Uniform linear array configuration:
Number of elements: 16
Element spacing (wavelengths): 0.5
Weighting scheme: hann
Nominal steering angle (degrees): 60
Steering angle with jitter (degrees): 59.627
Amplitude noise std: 0.05
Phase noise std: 0.05

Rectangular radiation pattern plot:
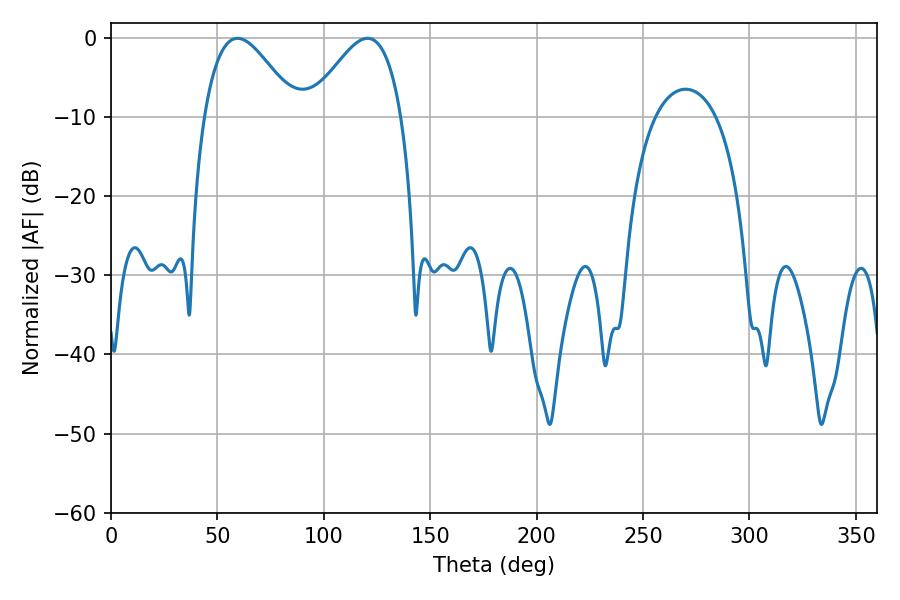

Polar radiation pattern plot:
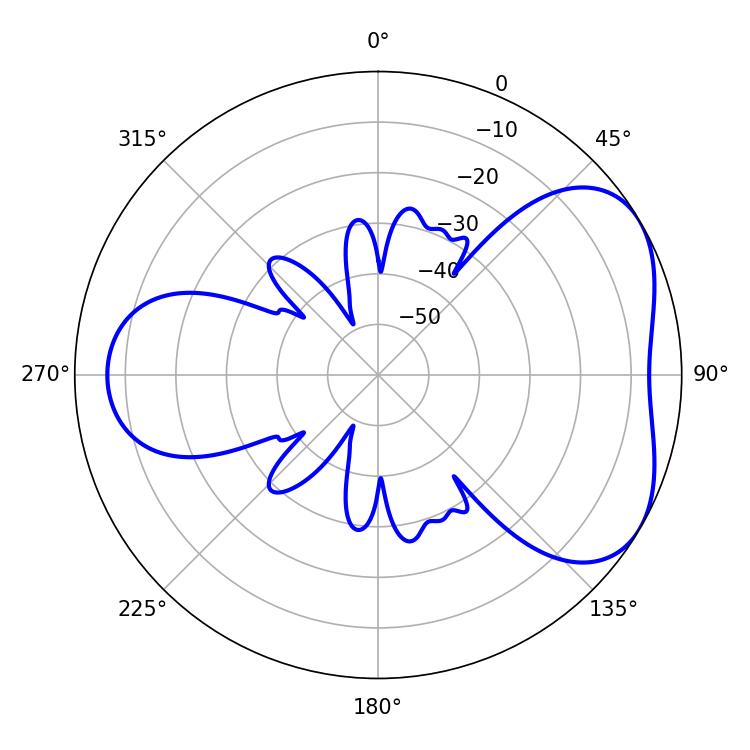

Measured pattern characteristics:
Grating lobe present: FALSE
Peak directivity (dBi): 4.606
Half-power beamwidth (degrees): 23.22
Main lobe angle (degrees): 59.4